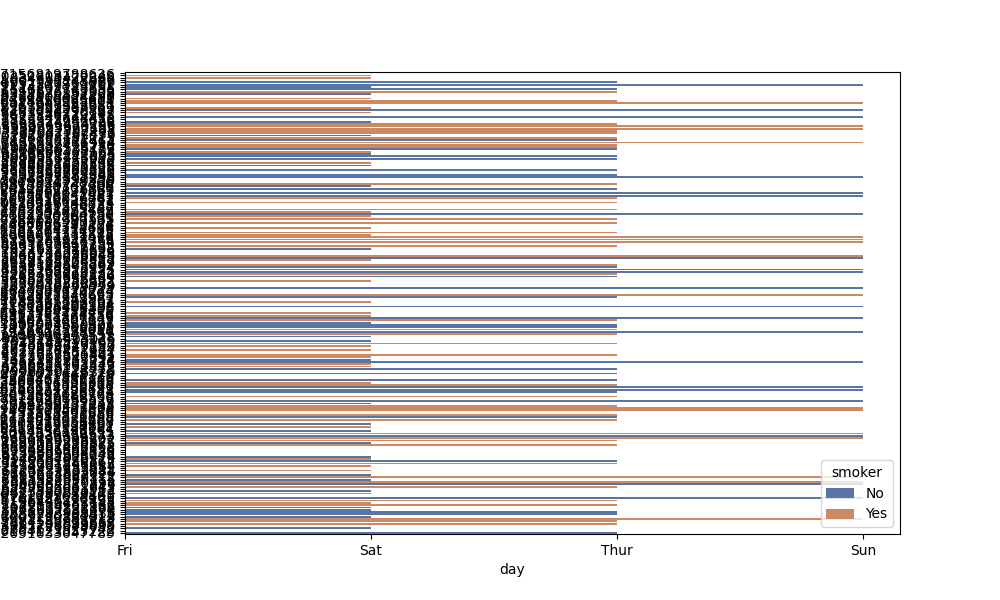
python, seaborn, barplot, hue='smoker', palette='deep', ci=95, orient='h'